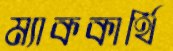
ম্যাককার্থি